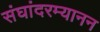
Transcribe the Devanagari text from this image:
संघांदरम्यानन